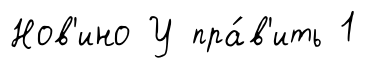
Нов'ино У пра́в'ить 1